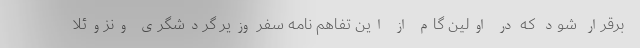
برقرار شود که در اولین گام از این تفاهم نامه سفر وزیر گردشگری ونزوئلا